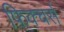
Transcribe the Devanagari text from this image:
फ़िक्चर्स